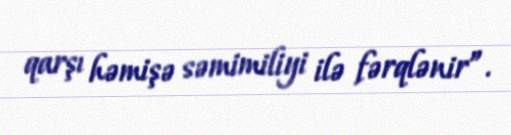
qarşı həmişə səmimiliyi ilə fərqlənir”.